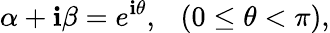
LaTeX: \alpha+\mathbf{i}\beta=e^{\mathbf{i}\theta},~~~(0\leq\theta<\pi),